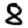
Digit: 8